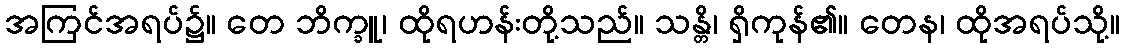
အကြင်အရပ်၌။ တေ ဘိက္ခူ၊ ထိုရဟန်းတို့သည်။ သန္တိ၊ ရှိကုန်၏။ တေန၊ ထိုအရပ်သို့။